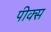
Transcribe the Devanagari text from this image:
पीक्स